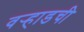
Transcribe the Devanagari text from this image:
वर्‍हाडची